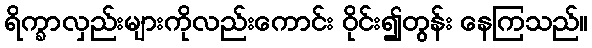
ရိက္ခာလှည်းများကိုလည်းကောင်း ဝိုင်း၍တွန်း နေကြသည်။